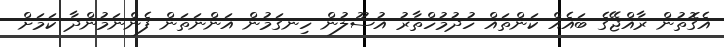
އެގޮތުން ރާއްޖޭގެ ބައެއް ކަންތައް ހުދުމުހްތާރު އުސޫލުން ހިނގަމުން އަންނަތަން ފެންނަމުންދާ ކަމަށް